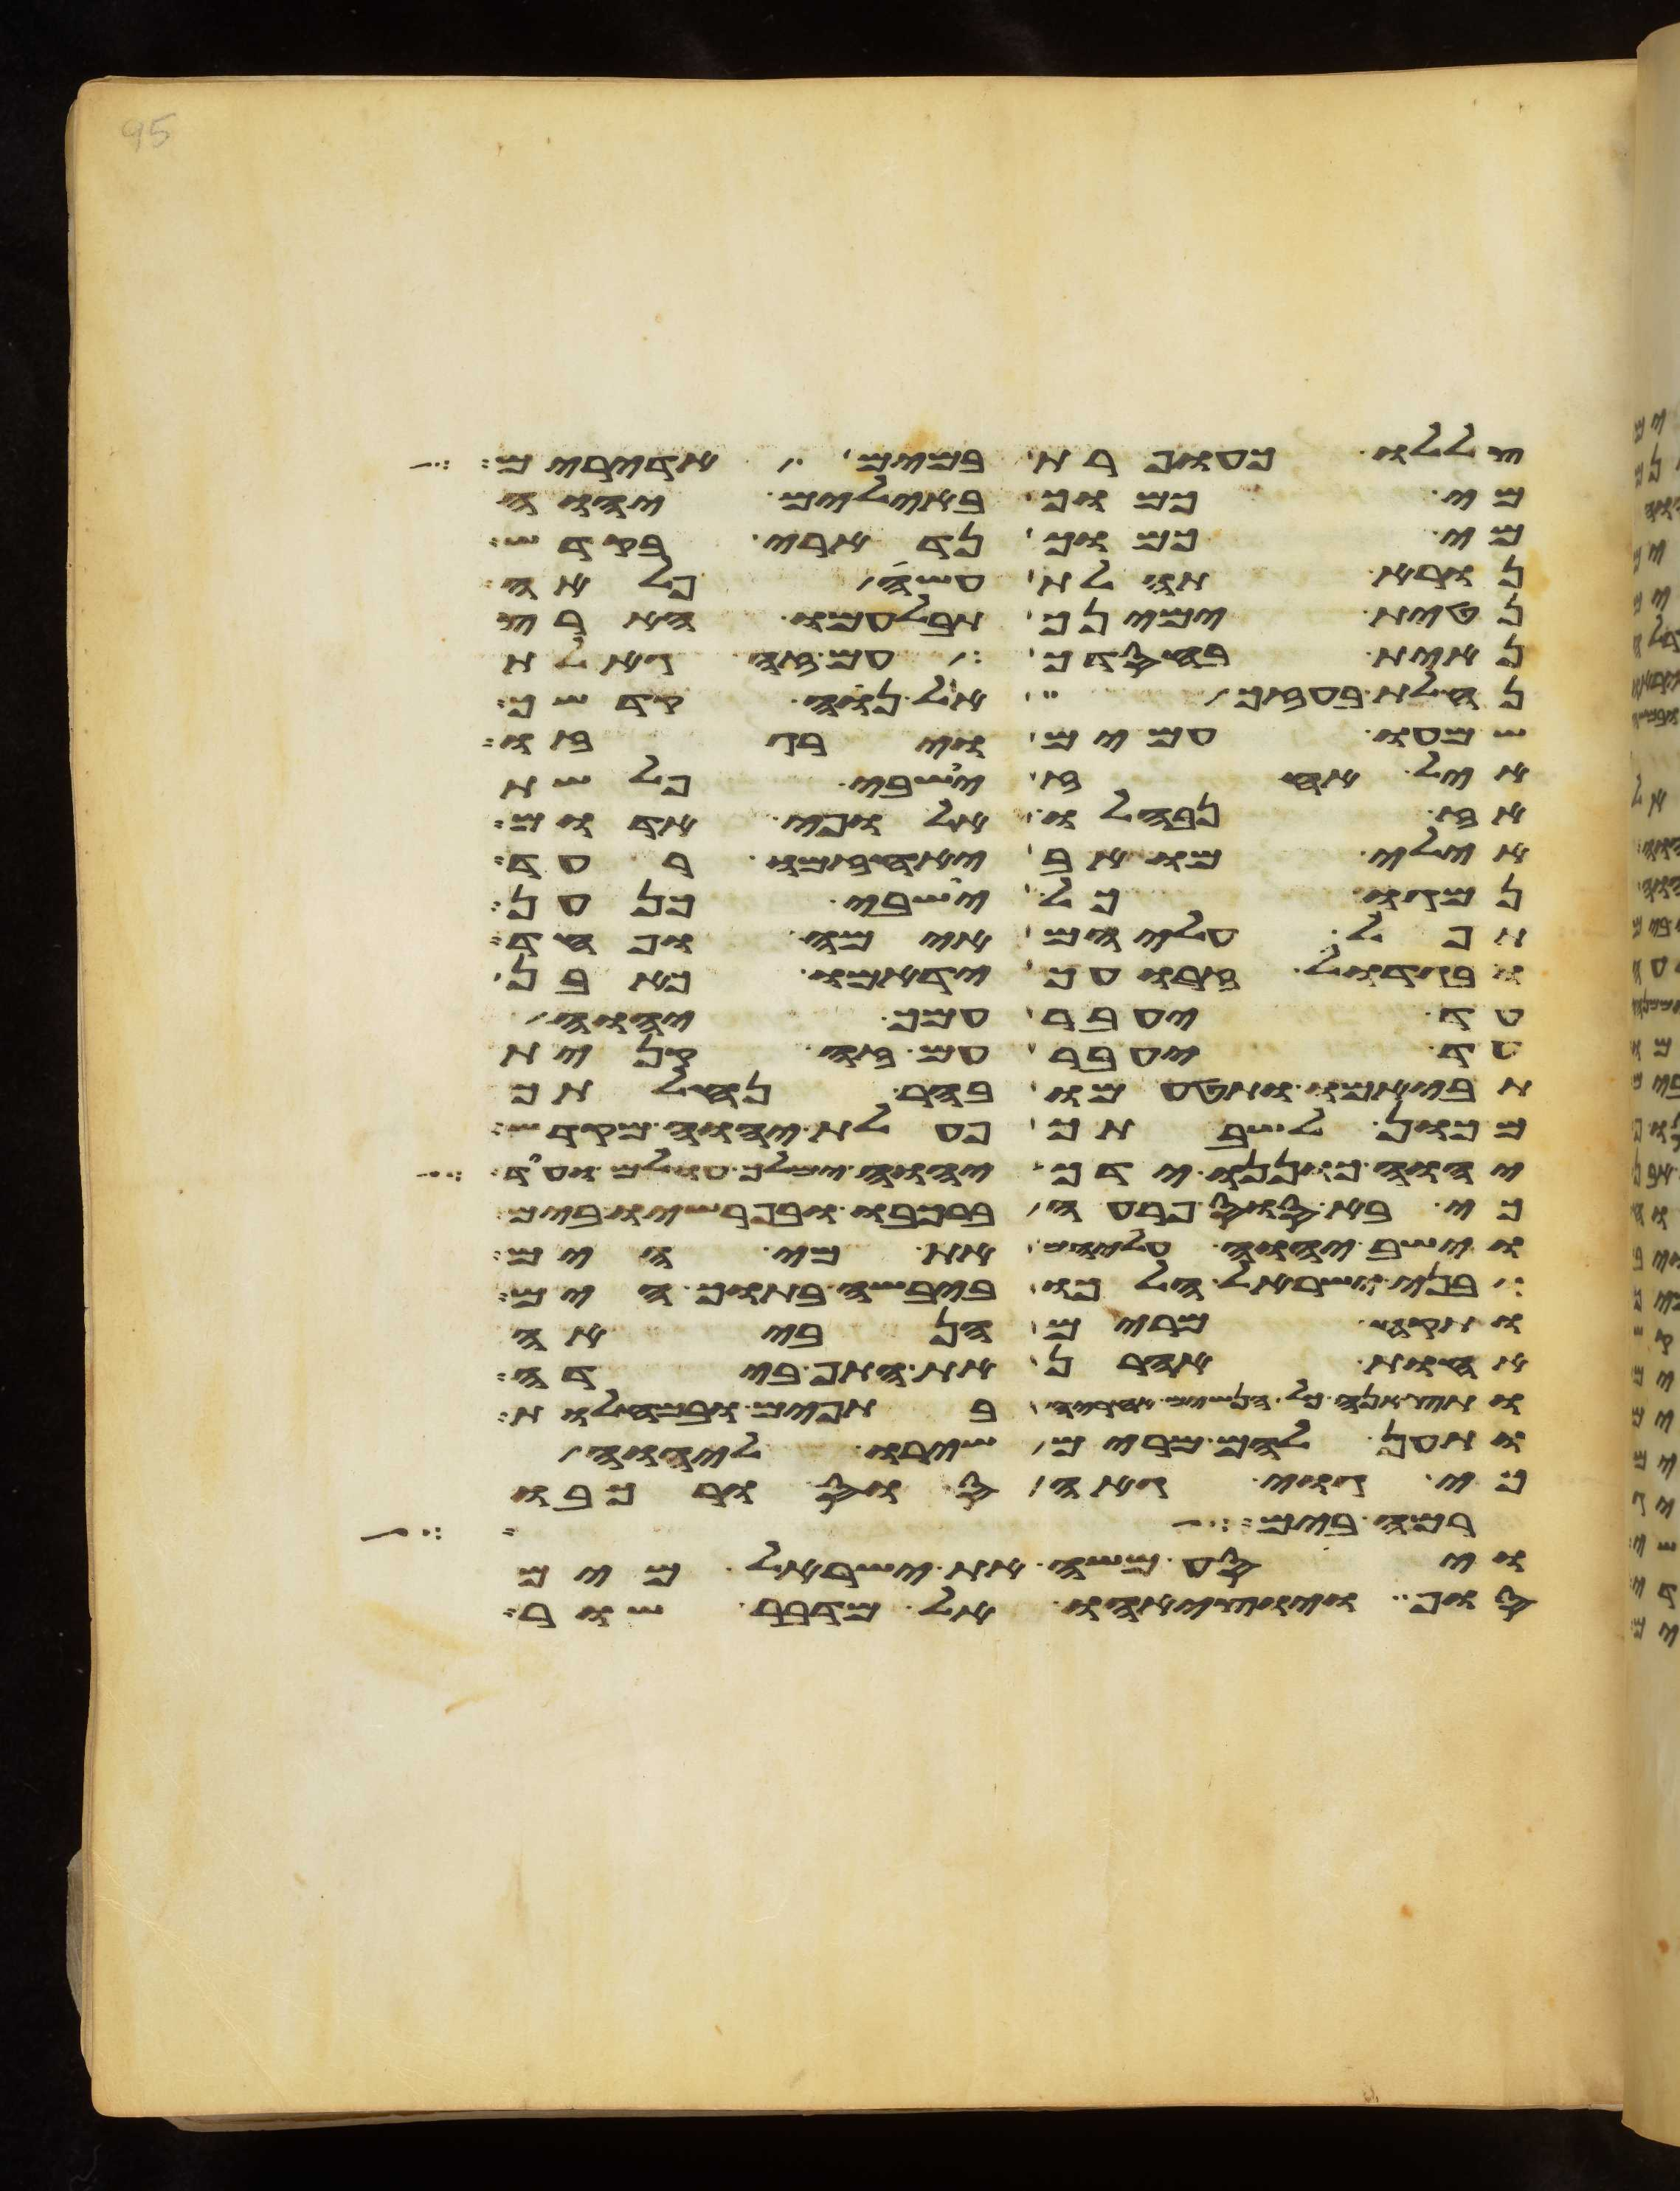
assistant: צללו כעופרת במים אדירים
מי כמוך באלים יהוה
מי כמוך נדארי בקדש
נורא תהלת עשה פלאה
נטית ימינך תבלעמו הארץ
נחית בחסדך עם זה גאלת
נחלת בעזך אל נוה קדשך
שמעו עמים וירגזו
חיל אחז ישבי פלשת
אז נבהלו אלופי אדום
אילי מואב יאחזמו רעד
נמגו כל ישבי כנען
תפל עליהם אימה ופחד
ובגדול זרועך ידמאו כאבן
עד יעבר עמך יהוה
עד יעבר עם זה קנית
תביאמו ותטעמו בהר נחלתך
מכון לשבתך פעלת יהוה מקדש
יהוה כוננו ידך יהוה ימלך עולם ועוד
כי בא סוס פרעה ברכבו ובפרשיו בים
וישב יהוה עליהם את מי הים
ובני ישראל הלכו ביבשה בתוך הים
ותקח מרים הנביאה
אחות אהרן את התף בידה
ותצאנה כל הנשים אחריה בתפים ובמחלות
ותען להם מרים שירו ליהוה
כי גוי גאה סוס ורכבו
רמה בים
ויסע משה את ישראל מים
סוף ויוציאהו אל מדבר שור